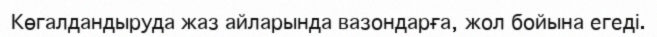
Көгалдандыруда жаз айларында вазондарға, жол бойына егеді.